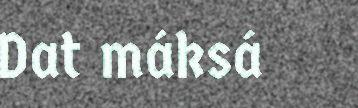
Dat máksá